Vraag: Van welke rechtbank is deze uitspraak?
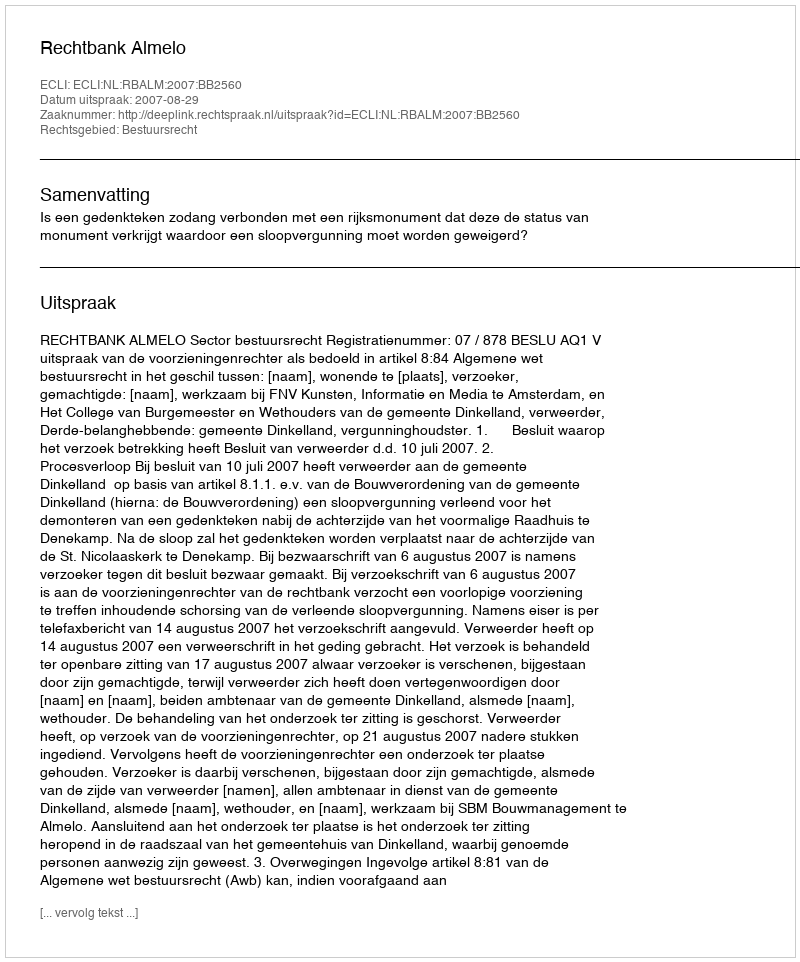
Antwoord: Rechtbank Almelo